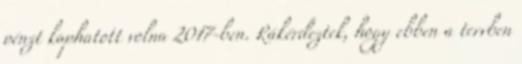
pénzt kaphatott volna 2017-ben. Rákérdeztek, hogy ebben a tervben